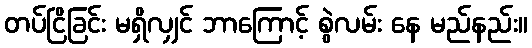
တပ်ငြိခြင်း မရှိလျှင် ဘာကြောင့် စွဲလမ်း နေ မည်နည်း။